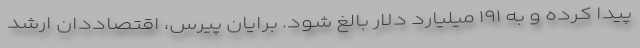
پیدا کرده و به ۱۹۱ میلیارد دلار بالغ شود. برایان پیرس، اقتصاددان ارشد